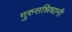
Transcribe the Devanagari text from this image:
गुरुसन्निधानी